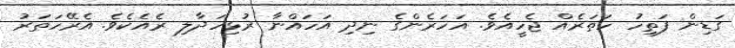
ގަޑިން ފަތިހު ހަތަރެއް ޖެހީއެވެ. އަހަރެންގެ ނިދި އަހައްނާ ރުޅިހަދާލި ރެއެކެވެ. އެރޭހަތަރު